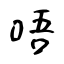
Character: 唔